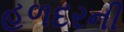
હળદરની